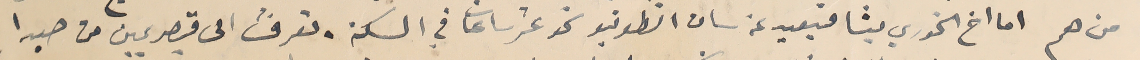
من هم اما اخ الخوري ليشا فبعيد عن سان انطونيو نحو عشر ساعات في السكة، تعرفت الى قيصر يمين من صيدا